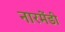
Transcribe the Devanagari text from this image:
नारमेंडी